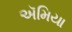
ઍમિયા